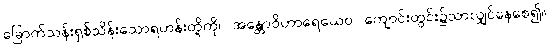
ခြောက်သန်းရှစ်သိန်းသောရဟန်းတို့ကို။ အန္တောဝိဟာရေယေဝ၊ ကျောင်းတွင်း၌သာလျှင်နေစေ၍။